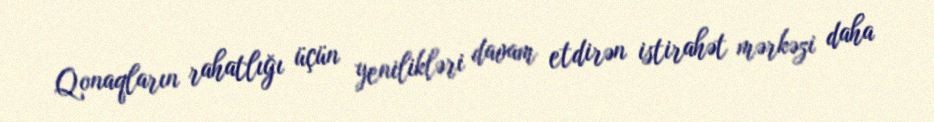
Qonaqların rahatlığı üçün yenilikləri davam etdirən istirahət mərkəzi daha